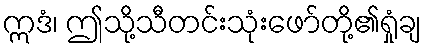
ဣဒံ၊ ဤသို့သီတင်းသုံးဖော်တို့၏ရှုံချ